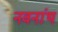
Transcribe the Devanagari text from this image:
नवनांथ